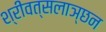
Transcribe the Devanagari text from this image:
श्रीवत्सलाञ्छन